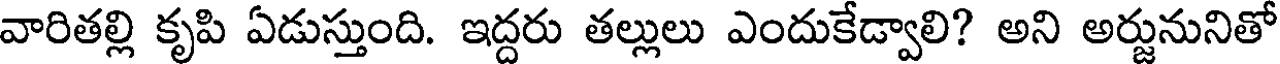
వారితల్లి కృపి ఏడుస్తుంది. ఇద్దరు తల్లులు ఎందుకేడ్వాలి? అని అర్జునునితో